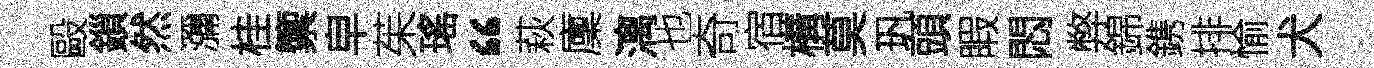
毆鎻然瀰桂籞皁茱瑤“萩廩漓也奇宿構莫㺬頭睱悶弊錦鎸排愉犬